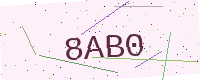
Text: 8AB0